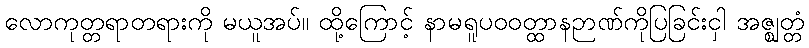
လောကုတ္တရာတရားကို မယူအပ်။ ထို့ကြောင့် နာမရူပဝဝတ္ထာနဉာဏ်ကိုပြခြင်းငှါ အဇ္ဈတ္တံ